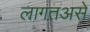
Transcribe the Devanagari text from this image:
लागतअसे